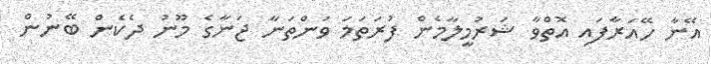
އޭނާ ހޭއަރާފައި އޮތްވާ ޝަރުމީލާމެން ފުރަތަމަ ވަންތަނާ ޖަނާގެ މޫނު ދެކެން ބޭނުން